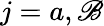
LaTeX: j=a,\mathscr{B}